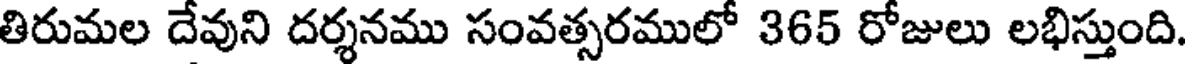
తిరుమల దేవుని దర్శనము సంవత్సరములో 365 రోజులు లభిస్తుంది